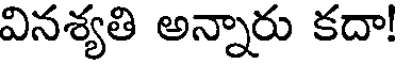
వినశ్యతి అన్నారు కదా!